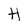
Character: H